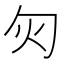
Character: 灳